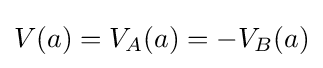
V(a)=V_{A}(a)=-V_{B}(a)